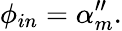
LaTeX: \phi_{in}=\alpha_{m}^{\prime\prime}.